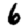
Digit: 6